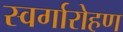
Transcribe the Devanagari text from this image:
स्‍वर्गारोहण